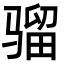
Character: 骝